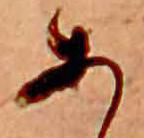
あ